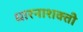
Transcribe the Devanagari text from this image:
धारनाशक्ती